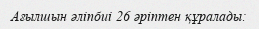
Ағылшын әліпбиі 26 әріптен құралады: